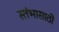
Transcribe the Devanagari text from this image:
स्तंभासाठी